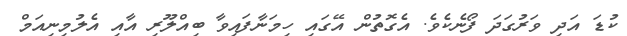
ކުޑަ އަދި ވަރުގަދަ ފޯނެކެވެ. އެގޮތުން އޭގައި ހިމަނާފައިވާ ބިއްލޫރި އާއި އެލުމިނިއަމް